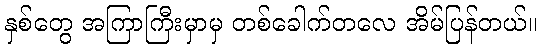
နှစ်တွေ အကြာကြီးမှာမှ တစ်ခေါက်တလေ အိမ်ပြန်တယ်။